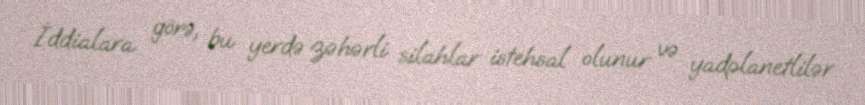
İddialara görə, bu yerdə zəhərli silahlar istehsal olunur və yadplanetlilər